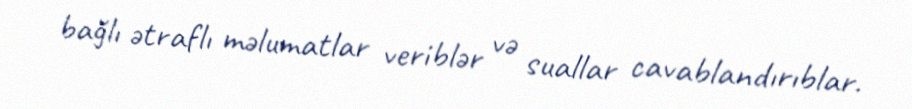
bağlı ətraflı məlumatlar veriblər və suallar cavablandırıblar.